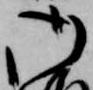
御